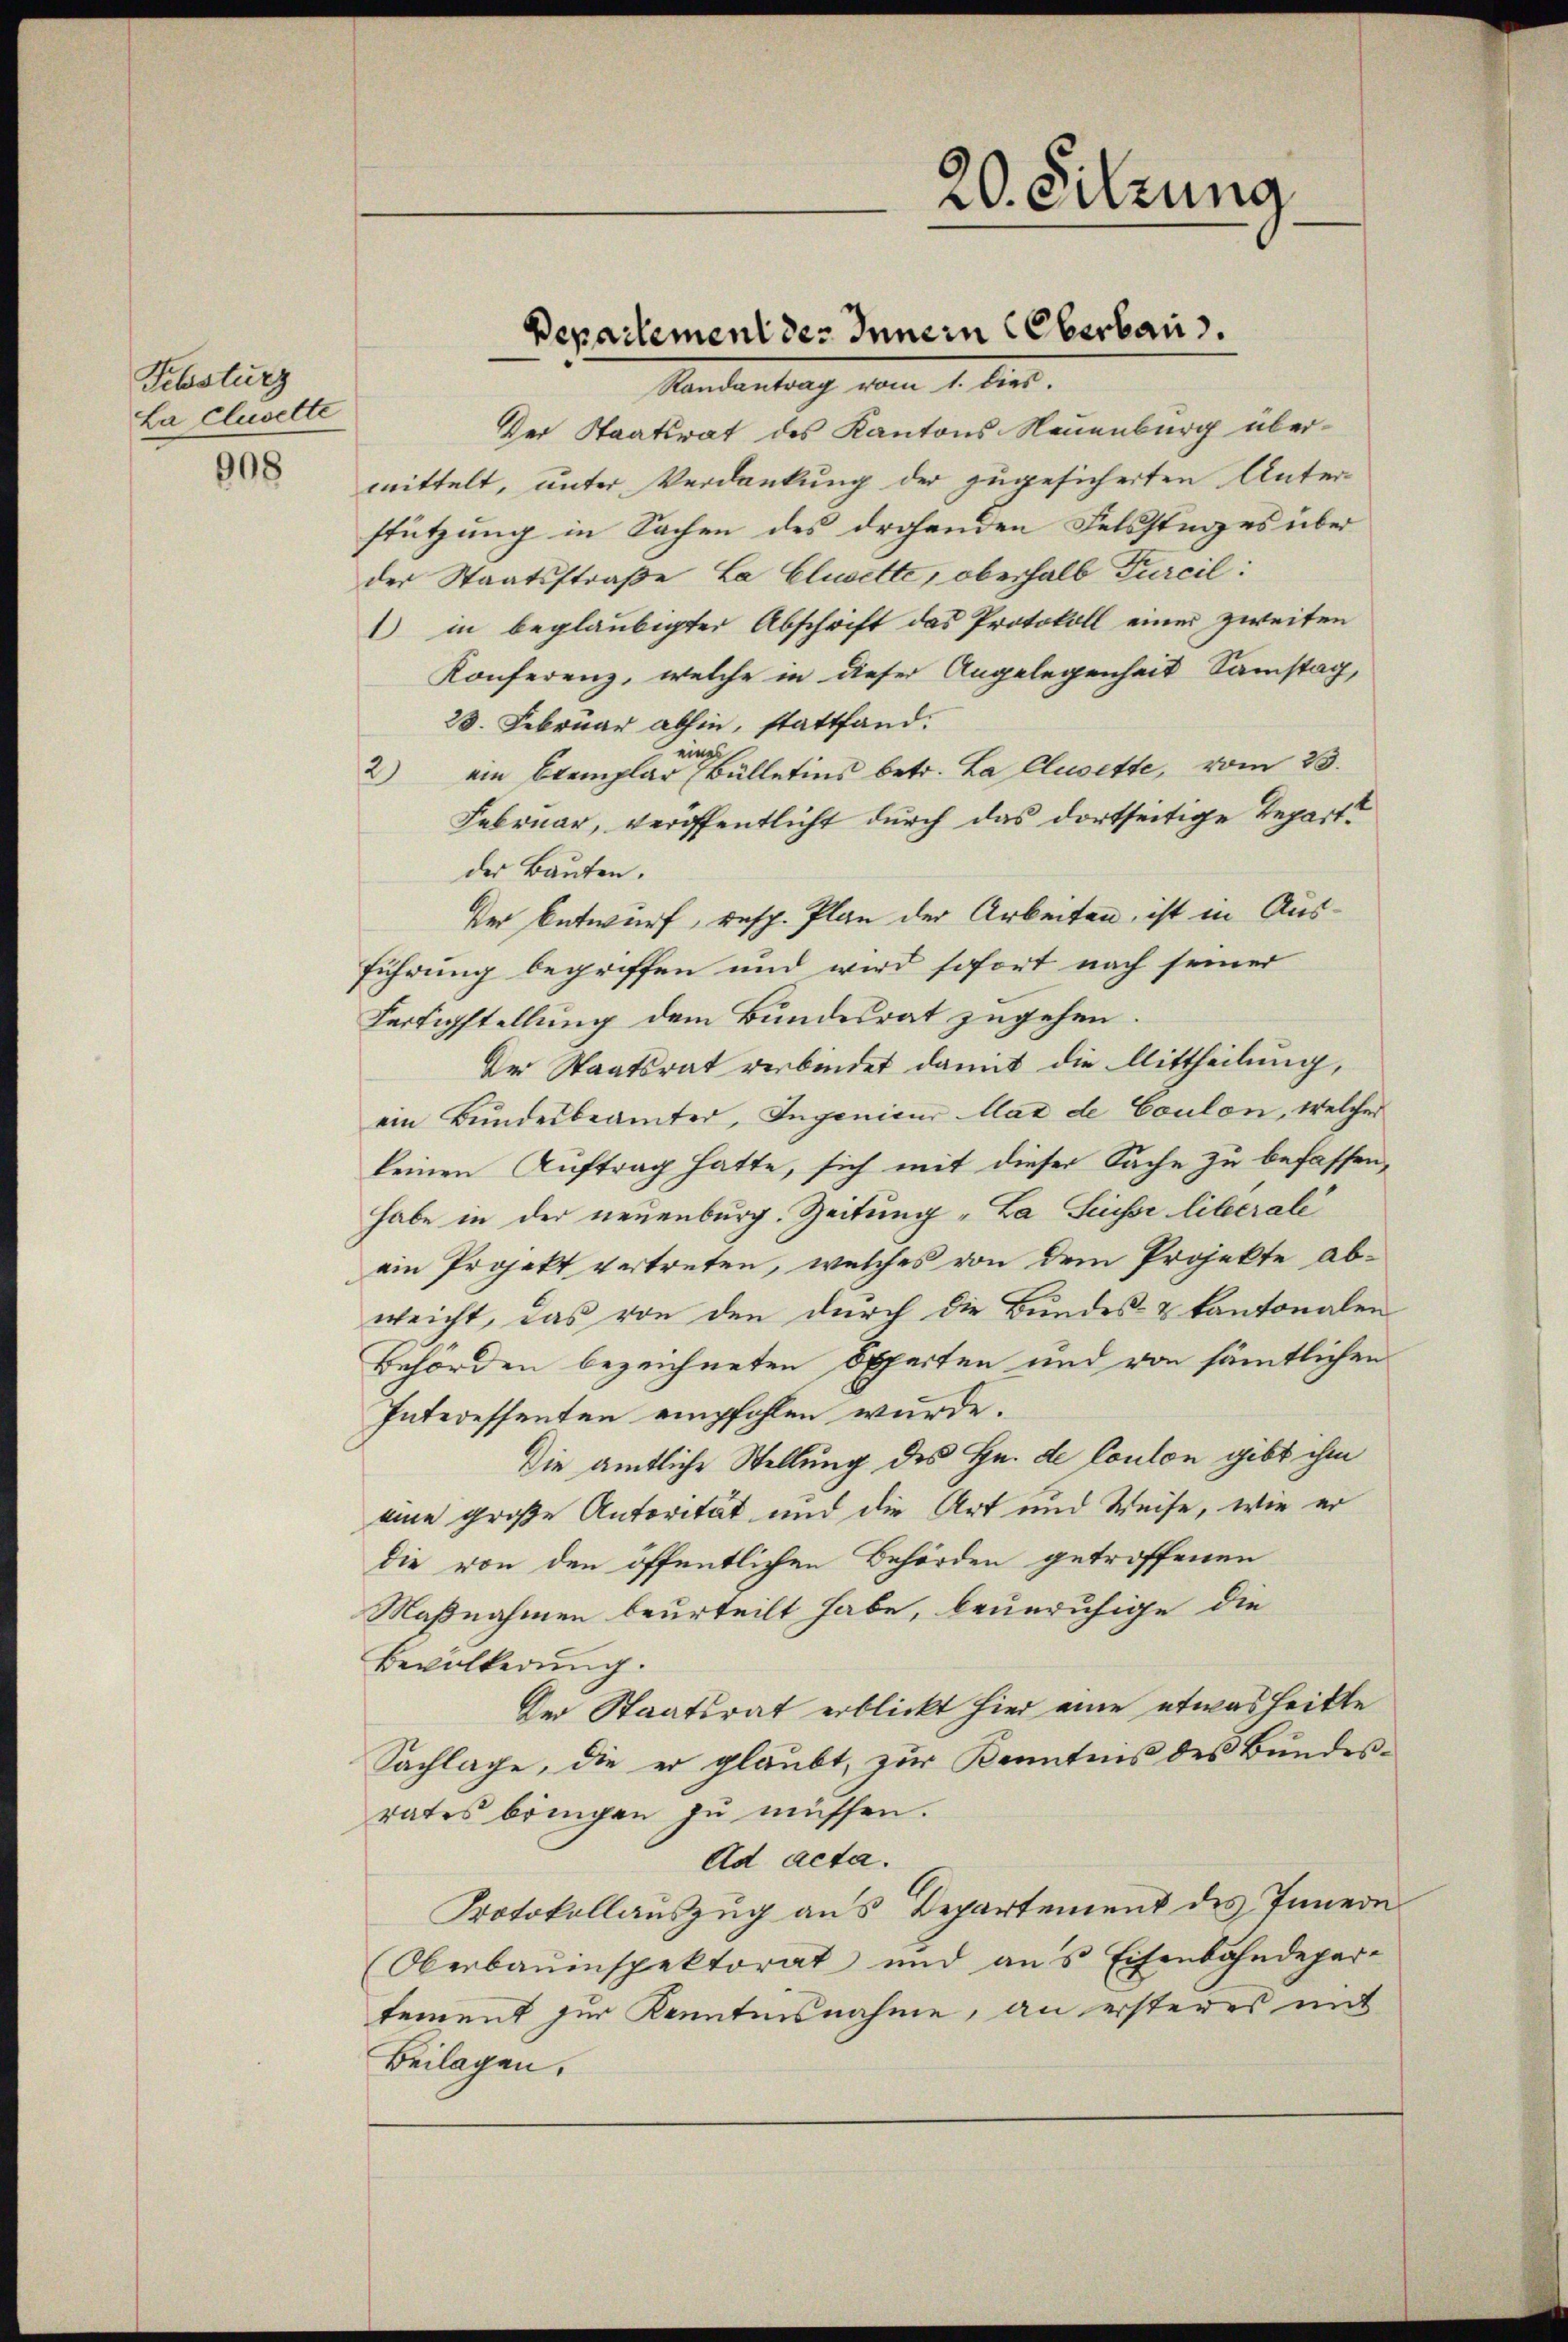
Febsturz
La Cluselte

908

20. Sitzung

Departement des Innern Oberbau

Randantrag vom 1. dies.
Der Staatsrat des Kantons Neuenburg übermittelt, unter Verdankung der zugesicherten Unterstützung in Sachen des drohenden Feldstages über
der Staatsstraße, La Clusette, oberhalb Furcil:
1) in beglaubigter Abschrift das Protokoll einer zweiten
Konferenz, welche in dieser Angelegenheit Samstag,
23. Februar abhin, stattfand.
einh
2) ein Exemplar (Bülletins betr. La Clusette, vom 23.
Februar, veröffentlicht durch das dortseitige Repart
der Bauten.
Der Entwurf, resp. Plan der Arbeiten, ist in Ausführung begriffen und wird sofort nach seiner
Fertigstellung dem Bundesrat zugehen.
Der Staatsrat verbindet damit die Mittheilung,
ein Bundesbeamter, Ingenieur Mat de Coulon, welcher
keinen Auftrag hatte, sich mit dieser Sache zu befassen,
habe in der neuenburg. Zeitung "La Suisse liberali
ein Projekt vertreten, welches von dem Projekte abweicht, das von den durch die Bundes- & Kantonalen
Behörden bezeichneten Opperten und von sämtlichen
Interessenten empfohlen wurde.
Die amtliche Stellung des Hn. de loulon gibt ihm
eine große Antorität und die Art und Weise, wie er
die von den öffentlichen Behörden getroffenen
Maßnahmen beurteilt habe, beunruhige die
Bevölkerung.
Der Staatsrat erblickt hier eine etwas heikle
Sachlage, die er glaubt, zur Kenntnis des Bundesrates bringen zu müssen.
Ad acta.
Protokollauszug aus Departement des Innern
Oberbauinspektorat und aus Eisenbahndepar-
tement zur Kenntnisnahme, an ersteres mit
Beilagen.